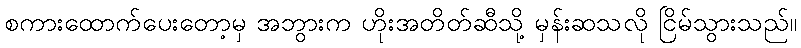
စကားထောက်ပေးတော့မှ အဘွားက ဟိုးအတိတ်ဆီသို့ မှန်းဆသလို ငြိမ်သွားသည်။